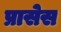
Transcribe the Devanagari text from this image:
प्रासेस